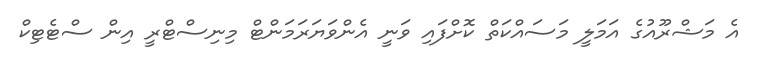
އެ މަޝްރޫއުގެ އަމަލީ މަސައްކަތް ކޮށްފައި ވަނީ އެންވަޔަރަމަންޓް މިނިސްޓްރީ އިން ސްޓެޓިކް